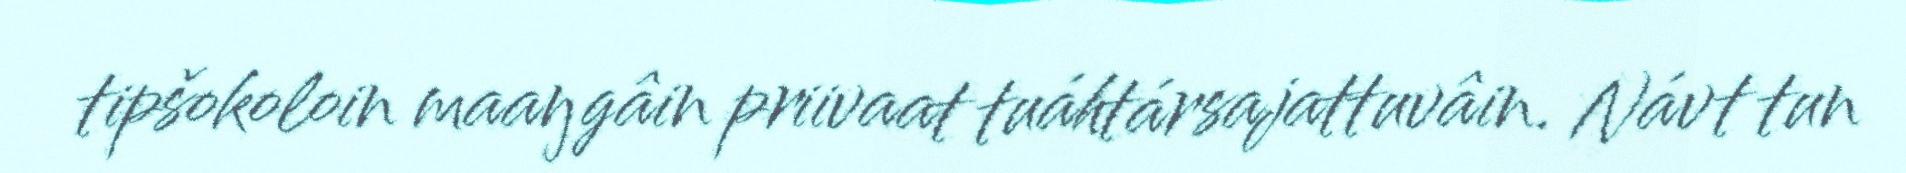
tipšokoloin maaŋgâin priivaat tuáhtársajattuvâin. Návt tun